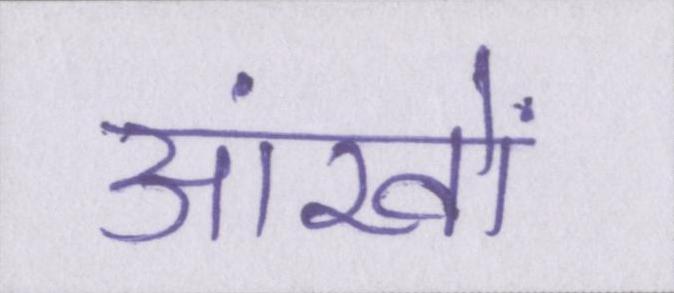
आंखों